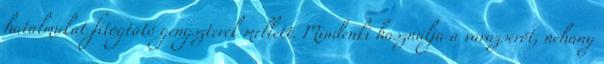
hatalmukat fitogtató gengszterek mellett. Mindenki használja a varázserőt, néhány